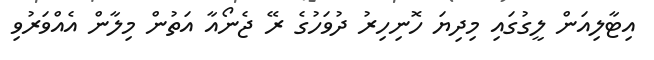
އިޓާލިއަން ލީގުގައި މިދިޔަ ހޮނިހިރު ދުވަހުގެ ރޭ ޖެނޯއާ އަތުން މިލާން އެއްވަރުވި